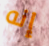
إنه